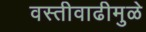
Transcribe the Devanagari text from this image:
वस्तीवाढीमुळे